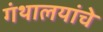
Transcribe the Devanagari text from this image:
गंथालयांचे